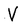
Character: V